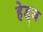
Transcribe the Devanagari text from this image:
हेड्ज